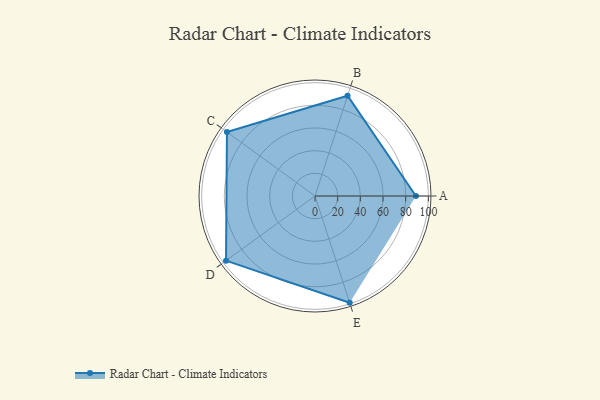
{"axis": {"x": "Skill", "y": "Score"}, "legend": ["Profile"], "data": [{"x": "A", "y": 89.0, "type": "Profile"}, {"x": "B", "y": 93.0, "type": "Profile"}, {"x": "C", "y": 96.0, "type": "Profile"}, {"x": "D", "y": 97.0, "type": "Profile"}, {"x": "E", "y": 99.0, "type": "Profile"}]}